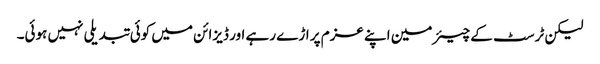
لیکن ٹرسٹ کے چیئرمین اپنے عزم پر اڑے رہے اور ڈیزائن میں کوئی تبدیلی نہیں ہوئی۔